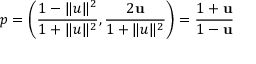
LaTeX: p = \left( { \frac { 1 - \| u \| ^ { 2 } } { 1 + \| u \| ^ { 2 } } } , { \frac { 2 \mathbf { u } } { 1 + \| u \| ^ { 2 } } } \right) = { \frac { 1 + \mathbf { u } } { 1 - \mathbf { u } } }